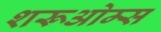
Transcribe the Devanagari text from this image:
शरूओम्स